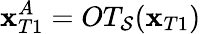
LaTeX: \mathbf{x}_{T1}^{A}=OT_{\mathcal{{S}}}(\mathbf{x}_{T1})